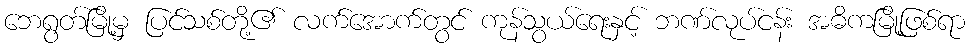
ဘေရွတ်မြို့မှ ပြင်သစ်တို့၏ လက်အောက်တွင် ကုန်သွယ်ရေးနှင့် ဘဏ်လုပ်ငန်း အဓိကမြို့ဖြစ်ရာ